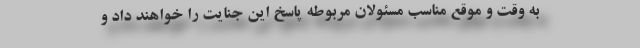
به وقت و موقع مناسب مسئولان مربوطه پاسخ این جنایت را خواهند داد و